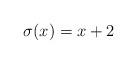
LaTeX: \begin{align*}\sigma(x) = x+2 \end{align*}